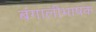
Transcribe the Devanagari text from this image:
बंगालीभाषक